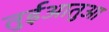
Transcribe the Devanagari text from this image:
तुईआतुआ